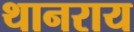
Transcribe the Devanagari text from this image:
थानराय